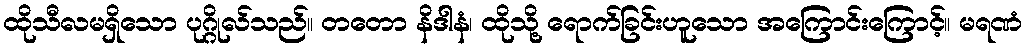
ထိုသီလမရှိသော ပုဂ္ဂိုလ်သည်။ တတော နိဒါနံ၊ ထိုသို့ ရောက်ခြင်းဟူသော အကြောင်းကြောင့်။ မရဏံ